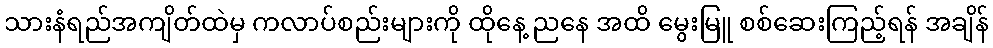
သားနံရည်အကျိတ်ထဲမှ ကလာပ်စည်းများကို ထိုနေ့ ညနေ အထိ မွေးမြူ စစ်ဆေးကြည့်ရန် အချိန်